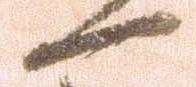
一